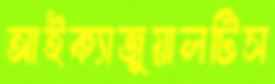
আইক্যাজুয়ালটিস